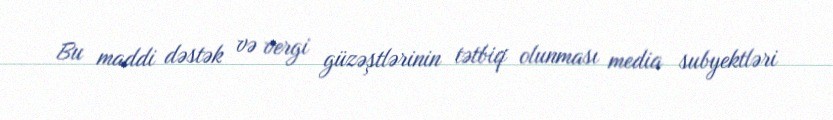
Bu maddi dəstək və vergi güzəştlərinin tətbiq olunması media subyektləri